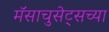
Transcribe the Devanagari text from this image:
मॅसाचुसेट्सच्या